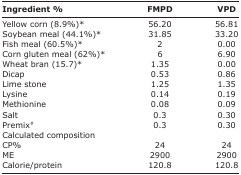
<table><thead><tr><td><b>Ingredient %</b></td><td><b>FMPD</b></td><td><b>VPD</b></td></tr></thead><tbody><tr><td>Yellow corn (8.9%)*</td><td>56.20</td><td>56.81</td></tr><tr><td>Soybean meal (44.1%)*</td><td>31.85</td><td>33.20</td></tr><tr><td>Fish meal (60.5%)*</td><td>2</td><td>0.00</td></tr><tr><td>Corn gluten meal (62%)*</td><td>6</td><td>6.90</td></tr><tr><td>Wheat bran (15.7)*</td><td>1.35</td><td>0.00</td></tr><tr><td>Dicap</td><td>0.53</td><td>0.86</td></tr><tr><td>Lime stone</td><td>1.25</td><td>1.35</td></tr><tr><td>Lysine</td><td>0.14</td><td>0.19</td></tr><tr><td>Methionine</td><td>0.08</td><td>0.09</td></tr><tr><td>Salt</td><td>0.3</td><td>0.30</td></tr><tr><td>Premix<sup>#</sup></td><td>0.3</td><td>0.30</td></tr><tr><td>Calculated composition</td><td></td><td></td></tr><tr><td>CP%</td><td>24</td><td>24</td></tr><tr><td>ME</td><td>2900</td><td>2900</td></tr><tr><td>Calorie/protein</td><td>120.8</td><td>120.8</td></tr></tbody></table>